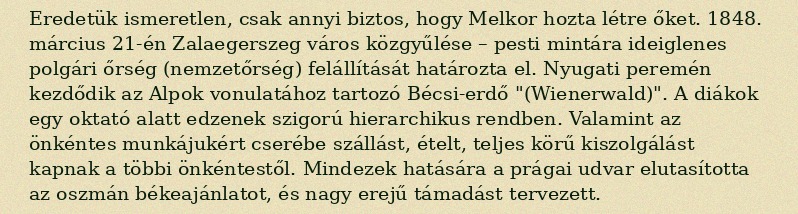
Eredetük ismeretlen, csak annyi biztos, hogy Melkor hozta létre őket. 1848. március 21-én Zalaegerszeg város közgyűlése – pesti mintára ideiglenes polgári őrség (nemzetőrség) felállítását határozta el. Nyugati peremén kezdődik az Alpok vonulatához tartozó Bécsi-erdő "(Wienerwald)". A diákok egy oktató alatt edzenek szigorú hierarchikus rendben. Valamint az önkéntes munkájukért cserébe szállást, ételt, teljes körű kiszolgálást kapnak a többi önkéntestől. Mindezek hatására a prágai udvar elutasította az oszmán békeajánlatot, és nagy erejű támadást tervezett.